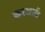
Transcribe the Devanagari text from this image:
करअली